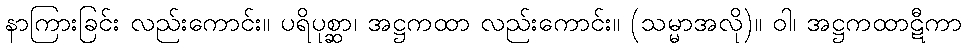
နာကြားခြင်း လည်းကောင်း။ ပရိပုစ္ဆာ၊ အဋ္ဌကထာ လည်းကောင်း။ (သမ္မာအလို)။ ဝါ၊ အဋ္ဌကထာဋီကာ